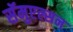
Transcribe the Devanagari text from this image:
सॅमुएल्सन